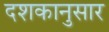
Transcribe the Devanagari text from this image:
दशकानुसार